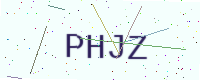
Text: PHJZ